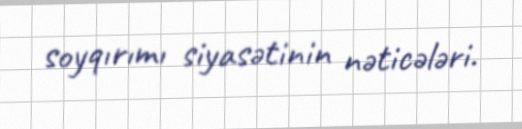
soyqırımı siyasətinin nəticələri.